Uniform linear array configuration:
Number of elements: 48
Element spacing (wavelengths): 0.75
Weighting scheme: uniform
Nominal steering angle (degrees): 0
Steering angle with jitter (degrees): -1.261
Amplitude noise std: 0.05
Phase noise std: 0.05

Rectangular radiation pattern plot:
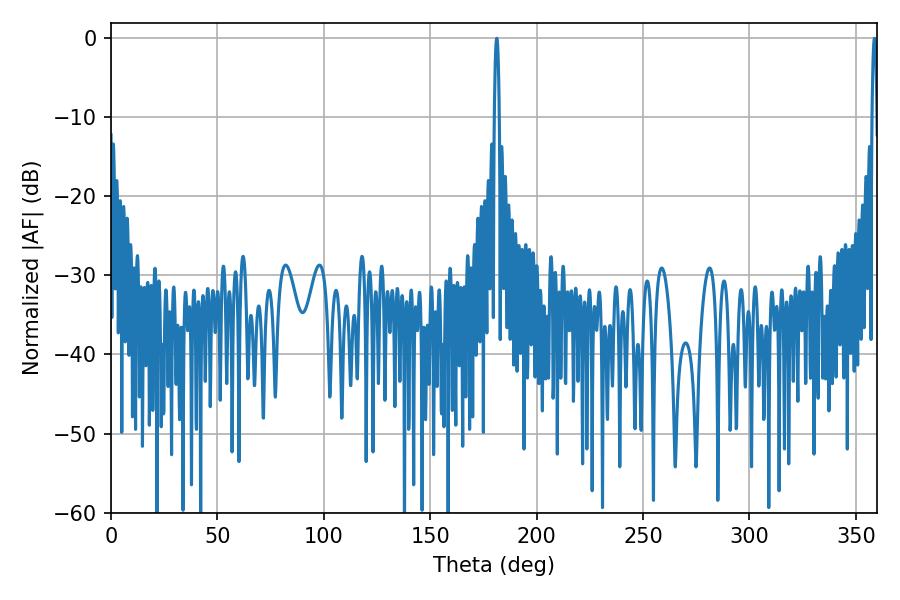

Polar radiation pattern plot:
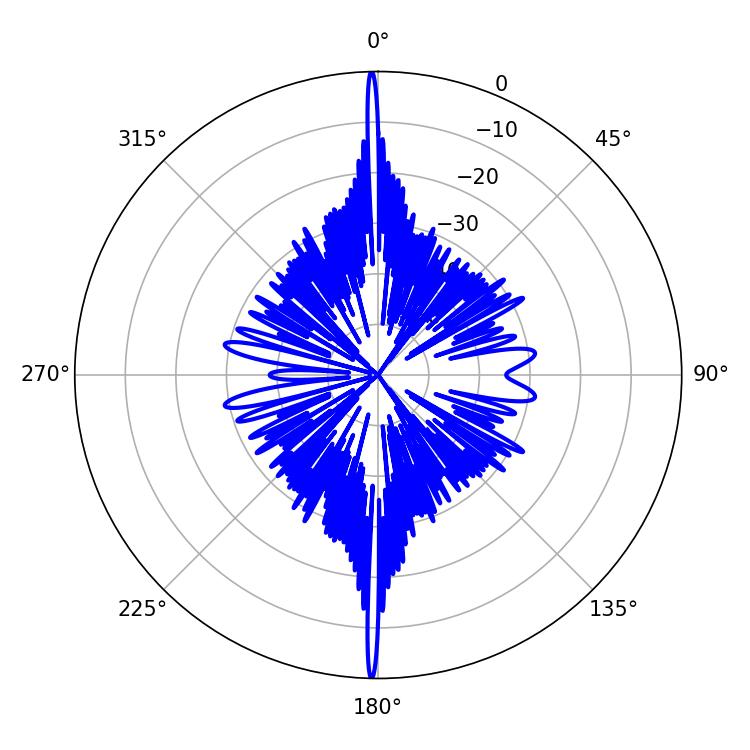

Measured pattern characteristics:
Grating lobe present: TRUE
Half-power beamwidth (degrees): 1.08
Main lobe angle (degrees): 181.26